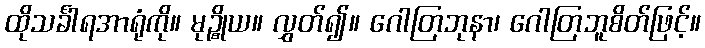
ထိုသင်္ခါရအာရုံကို။ မုဉ္စိုယ။ လွှတ်၍။ ဂေါတြဘုနာ၊ ဂေါတြဘူစိတ်ဖြင့်။